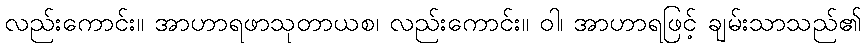
လည်းကောင်း။ အာဟာရဖာသုတာယစ၊ လည်းကောင်း။ ဝါ၊ အာဟာရဖြင့် ချမ်းသာသည်၏